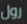
رول